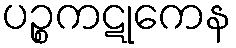
ပဉ္စကဋုကေန